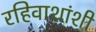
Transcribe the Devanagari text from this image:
रहिवाशांशी